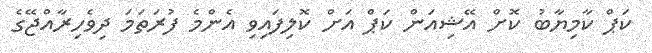
ކަޕް ކާމިޔާބު ކޮށް އޭޝިއަން ކަޕް އަށް ކޮލިފައިވި އެންމެ ފުރަތަމަ ދިވެހިރާއްޖޭގެ